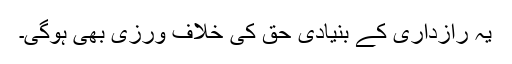
یہ رازداری کے بنیادی حق کی خلاف ورزی بھی ہوگی۔